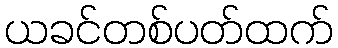
ယခင်တစ်ပတ်ထက်